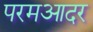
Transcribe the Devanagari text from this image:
परमआदर